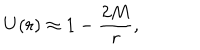
U ( r ) \approx 1 - \frac { 2 M } { r } ,